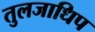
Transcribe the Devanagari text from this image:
तुलजाधिप